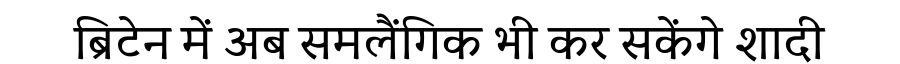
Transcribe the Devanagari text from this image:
ब्रिटेन में अब समलैंगिक भी कर सकेंगे शादी